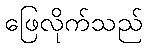
ဖြေလိုက်သည်